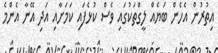
އިތުރުން އެހެން ބަޔެއް ލީގްތަކުގައި ވެސް ކުޅެފައި ކަމަށާއި އަދި އޭނާ އެންމެ